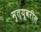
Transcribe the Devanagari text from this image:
मृत्यूवरील